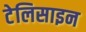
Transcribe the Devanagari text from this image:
टेलिसाइन